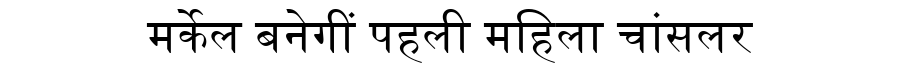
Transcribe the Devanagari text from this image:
मर्केल बनेगीं पहली महिला चांसलर